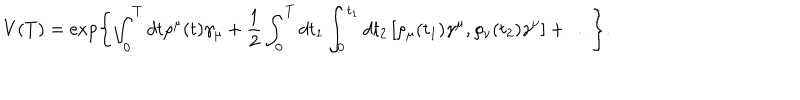
V ( T ) = \exp \Biggl \{ \int _ { 0 } ^ { T } d t \rho ^ { \mu } ( t ) \gamma _ { \mu } + \frac { 1 } { 2 } \int _ { 0 } ^ { T } d t _ { 1 } \int _ { 0 } ^ { t _ { 1 } } d t _ { 2 } \left[ \rho _ { \mu } ( t _ { 1 } ) \gamma ^ { \mu } , \rho _ { \nu } ( t _ { 2 } ) \gamma ^ { \nu } \right] + \ldots \Biggr \} .